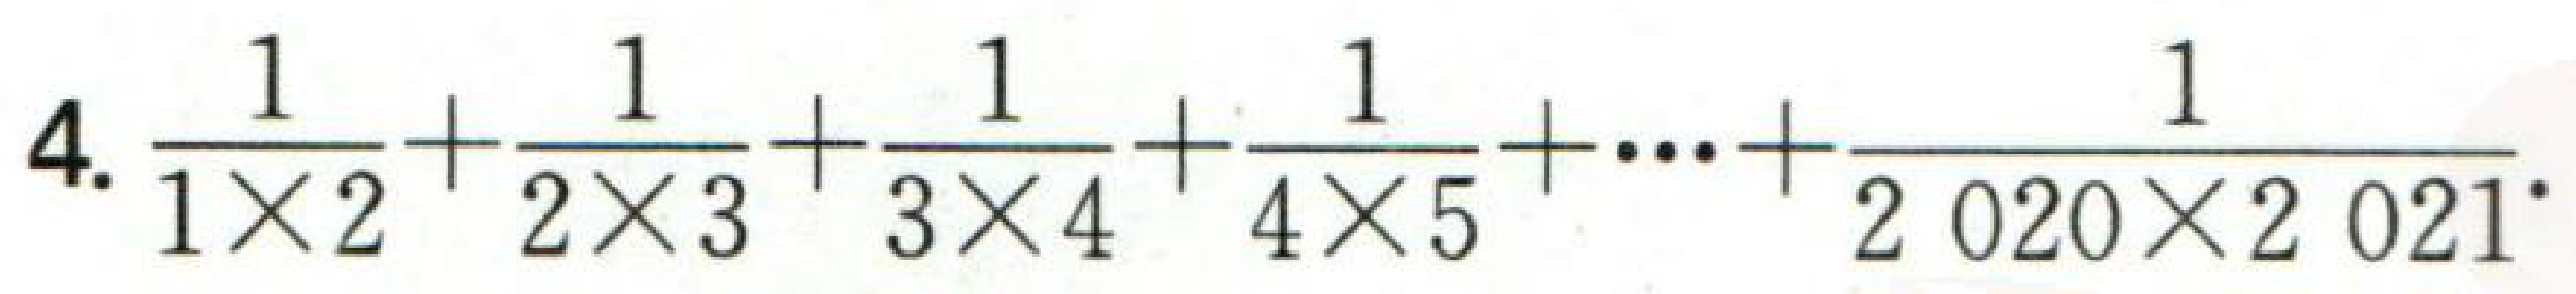
$4.\frac{1}{1\times2}+\frac{1}{2\times3}+\frac{1}{3\times4}+\frac{1}{4\times5}+\cdots+\frac{1}{2020\times2021}$